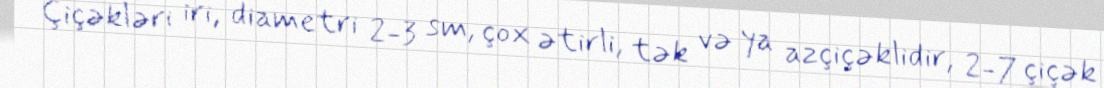
Çiçəkləri iri, diametri 2-3 sm, çox ətirli, tək və ya azçiçəklidir, 2-7 çiçək